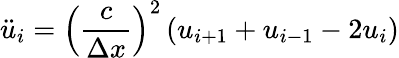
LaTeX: {\ddot{u}}_{i}={\left({\frac{c}{\Delta x}}\right)}^{2}\left(u_{i+1}+u_{i-1}-2u_{i}\right)